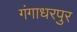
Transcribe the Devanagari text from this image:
गंगाधरपुर